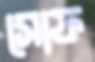
সোফ